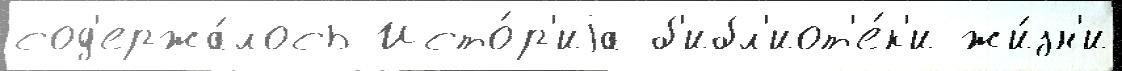
сод'ержа́лось Исто́р'иjа б'ибл'иот'е́к'и жи́зн'и